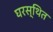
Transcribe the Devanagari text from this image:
घरस्थित